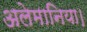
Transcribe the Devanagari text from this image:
अलेमानिया।